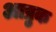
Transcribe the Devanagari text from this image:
आप्रुक